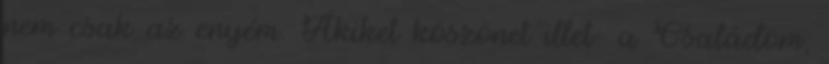
nem csak az enyém. Akiket köszönet illet: a Családom,